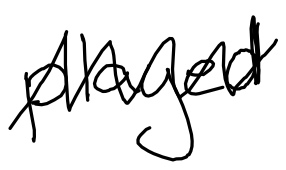
Text: played
Cross-out: zig-zag
Writing tool: digital_black